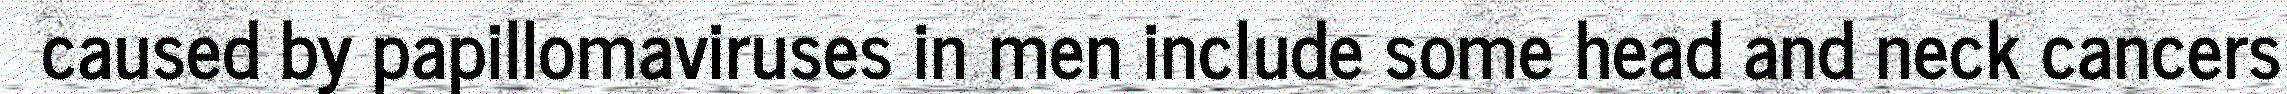
caused by papillomaviruses in men include some head and neck cancers